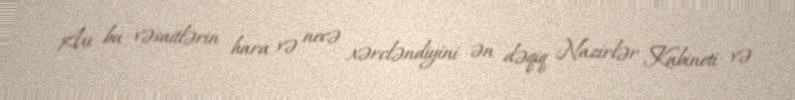
Axı bu vəsaitlərin hara və necə xərcləndiyini ən dəqiq Nazirlər Kabineti və